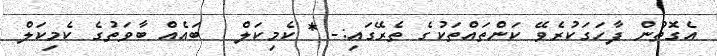
އެގޮތުން ފާހަގަކުރެވޭ ކަންތައްތަކުގެ ތެރޭގައި:- * ކެމިކަލް : ބައެއް ބާވަތުގެ ކެމިކަލް